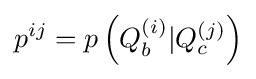
p^{ij}=p\left(Q_{b}^{(i)}|Q_{c}^{(j)}\right)